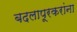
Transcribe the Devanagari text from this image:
बदलापूरकरांना